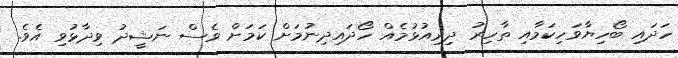
ހަދައި ބޯހިޔާވަހިކަމާއި ތާހިރު ދިރިއުޅުމެއް ހޯދައިދިނުމަށް ކަމަށް ވެސް ނަޝީދު ވިދާޅުވި އެވެ.